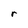
Character: r